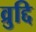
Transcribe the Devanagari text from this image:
व्रुद्दि